Indian journal of veterinary science and animal husbandry - Volumes 24-25, 1954-1955
Year: 1954
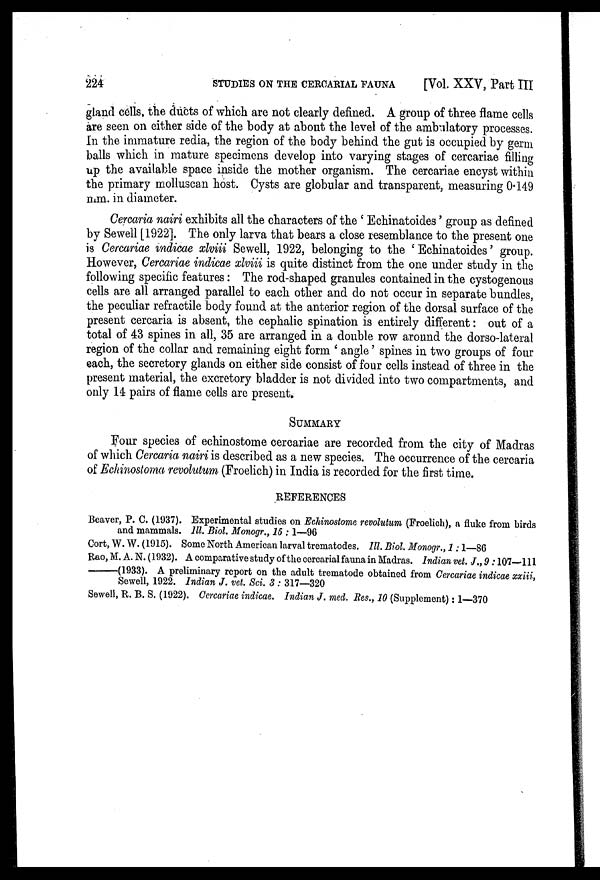
224
STUDIES ON THE CERCARIAL FAUNA
[Vol. XXV, Part III
gland cells, the ducts of which are not clearly defined. A group of three flame cells
are seen on either side of the body at about the level of the ambulatory processes.
In the immature redia, the region of the body behind the gut is occupied by germ
balls which in mature specimens develop into varying stages of cercariae filling
up the available space inside the mother organism. The cercariae encyst within
the primary molluscan host. Cysts are globular and transparent, measuring 0.149
mm. in diameter.
Cercaria nairi exhibits all the characters of the 'Echinatoides' group as defined
by Sewell [1922]. The only larva that bears a close resemblance to the present one
is Cercariae indicae xlviii Sewell, 1922, belonging to the 'Echinatoides' group.
However, Cercariae indicae xlviii is quite distinct from the one under study in the
following specific features: The rod-shaped granules contained in the cystogenous
cells are all arranged parallel to each other and do not occur in separate bundles,
the peculiar refractile body found at the anterior region of the dorsal surface of the
present cercaria is absent, the cephalic spination is entirely different: out of a
total of 43 spines in all, 35 are arranged in a double row around the dorso-lateral
region of the collar and remaining eight form 'angle' spines in two groups of four
each, the secretory glands on either side consist of four cells instead of three in the
present material, the excretory bladder is not divided into two compartments, and
only 14 pairs of flame cells are present.
SUMMARY
Four species of echinostome cercariae are recorded from the city of Madras
of which Cercaria nairi is described as a new species. The occurrence of the cercaria
of Echinostoma revolutum (Froelich) in India is recorded for the first time.
REFERENCES
Beaver, P. C. (1937). Experimental studies on Echinostome revolutum (Froelich), a fluke from birds
and mammals. Ill. Biol. Monogr., 15:1—96
Cort, W. W. (1915). Some North American larval trematodes. Ill. Biol. Monogr., 1:1—86
Rao, M.A.N. (1932). A comparative study of the cercarial fauna in Madras. Indian vet. J., 9:107—111
——(1933).
A preliminary report on the adult trematode obtained from Cercariae indicae xxiii,
Sewell, 1922. Indian J. vet. Sci. 3:317—320
Sewell, R. B. S. (1922). Cercariae indicae. Indian J. med. Res., 10 (Supplement): 1—370